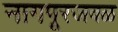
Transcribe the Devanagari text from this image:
नागपूरजवळ